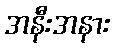
အနီးအနား